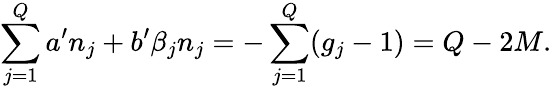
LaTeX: \sum_{j=1}^{Q}a^{\prime}n_{j}+b^{\prime}\beta_{j}n_{j}=-\sum_{j=1}^{Q}(g_{j}-1)=Q-2M.